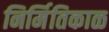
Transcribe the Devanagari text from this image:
निर्मितिकाळ